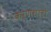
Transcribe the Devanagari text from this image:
कर्णधारो